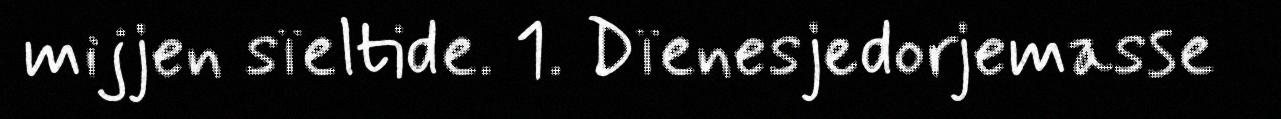
mijjen sïeltide. 1. Dïenesjedorjemasse